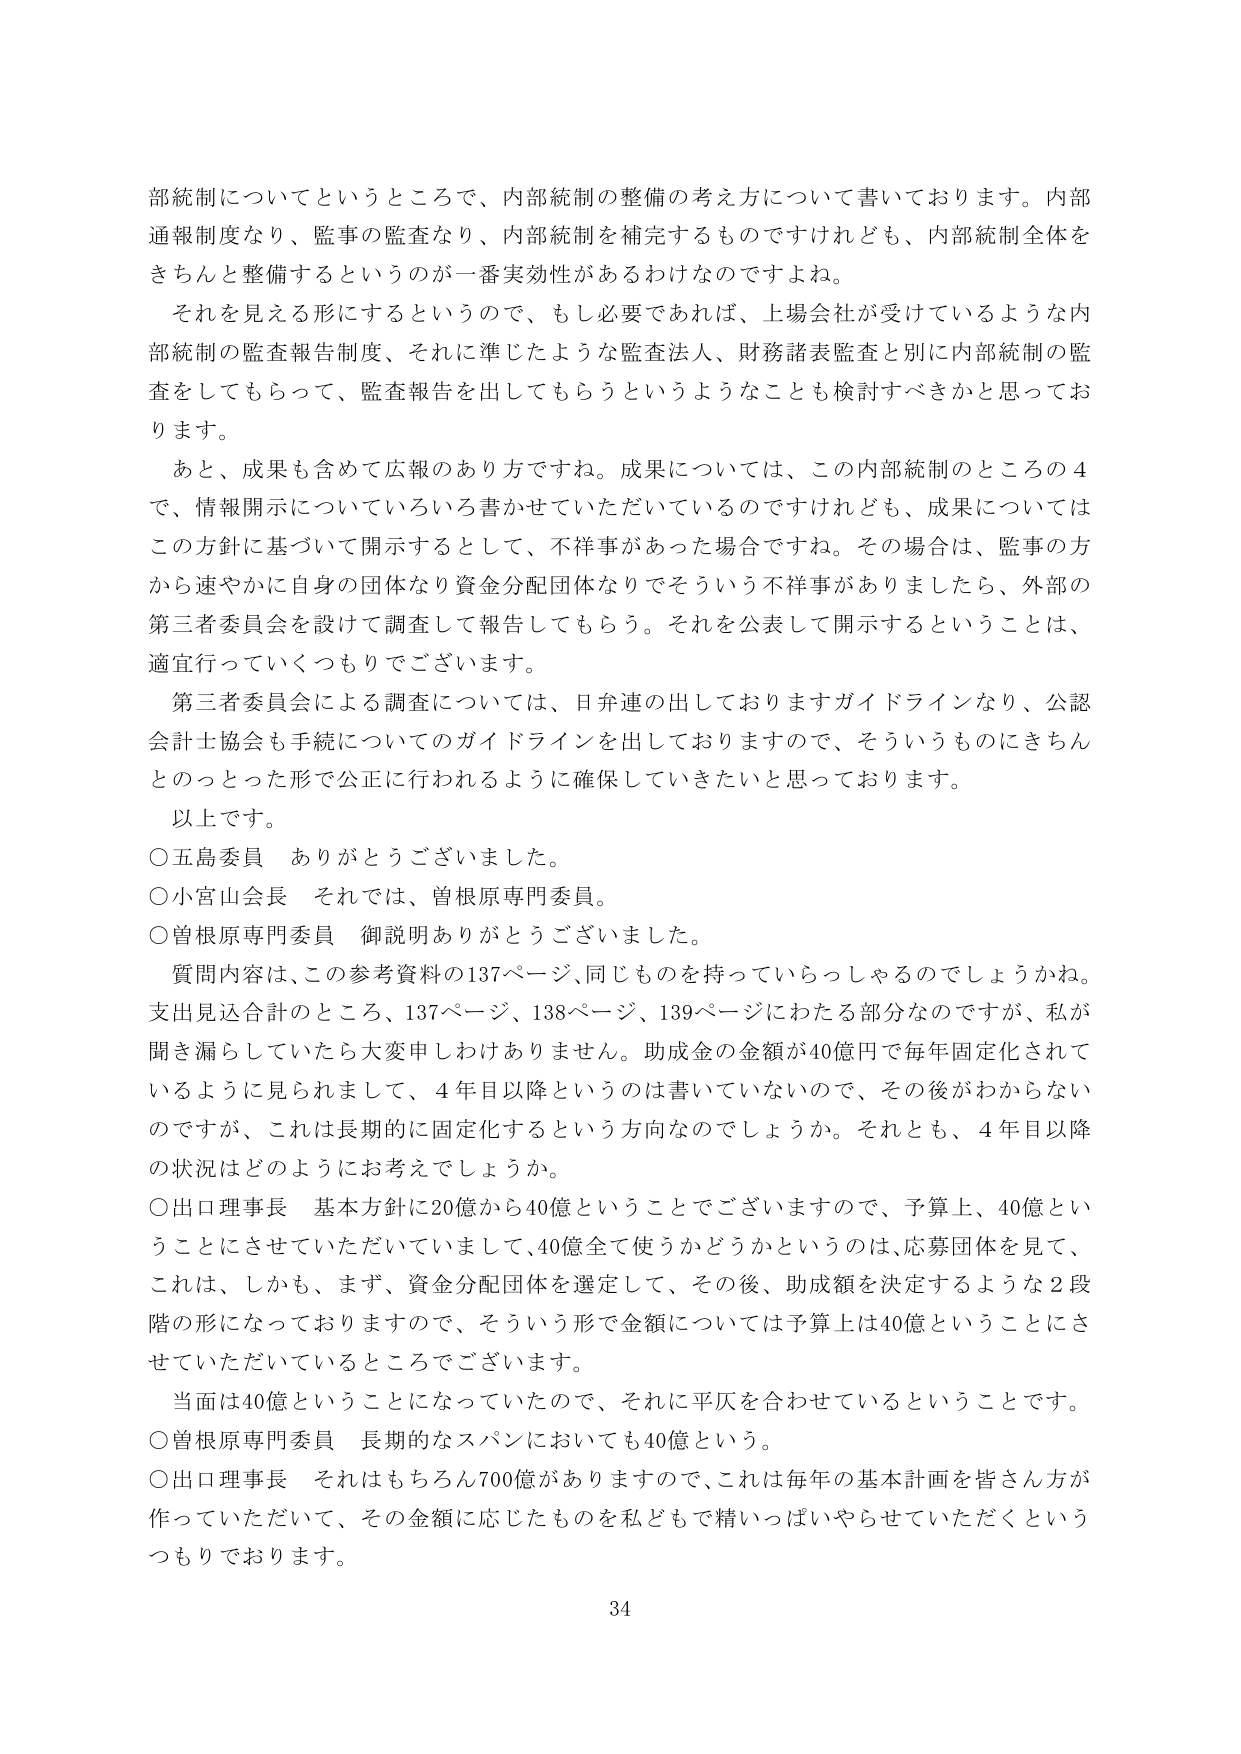
部統制についてというところで、内部統制の整備の考え方について書いております。内部通報制度なり、監事の監査なり、内部統制を補完するものですけれども、内部統制全体をきちんと整備するというのが一番実効性があるわけなのですよね。

それを見える形にするというので、もし必要であれば、上場会社が受けているような内部統制の監査報告制度、それに準じたような監査法人、財務諸表監査と別に内部統制の監査をしてもらって、監査報告を出してもらうというようなことも検討すべきかと思っております。

あと、成果も含めて広報のあり方ですね。成果については、この内部統制のところの4で、情報開示についていろいろ書かせていただいているのですけれども、成果についてはこの方針に基づいて開示するとして、不祥事があった場合ですね。その場合は、監事の方から速やかに自身の団体なり資金分配団体なりでそういう不祥事がありましたら、外部の第三者委員会を設けて調査して報告してもらう。それを公表して開示するということは、適宜行っていくつもりでございます。

第三者委員会による調査については、日弁連の出しておりますガイドラインなり、公認会計士協会も手続についてのガイドラインを出しておりますので、そういうものにきちんとのっとった形で公正に行われるように確保していきたいと思っております。

以上です。

○五島委員　ありがとうございました。

○小宮山会長　それでは、曽根原専門委員。

○曽根原専門委員　御説明ありがとうございました。

質問内容は、この参考資料の137ページ、同じものを持っていらっしゃるのでしょうかね。支出見込合計のところ、137ページ、138ページ、139ページにわたる部分なのですが、私が聞き漏らしていたら大変申しわけありません。助成金の金額が40億円で毎年固定化されているように見られまして、4年目以降というのは書いていないので、その後がわからないのですが、これは長期的に固定化するという方向なのでしょうか。それとも、4年目以降の状況はどのようにお考えでしょうか。

○出口理事長　基本方針に20億から40億ということでございますので、予算上、40億ということにさせていただいていまして、40億全て使うかどうかというのは、応募団体を見て、これは、しかも、まず、資金分配団体を選定して、その後、助成額を決定するような2段階の形になっておりますので、そういう形で金額については予算上は40億ということにさせていただいているところでございます。

当面は40億ということになっていたので、それに平仄を合わせているということです。

○曽根原専門委員　長期的なスパンにおいても40億という。

○出口理事長　それはもちろん700億がありますので、これは毎年の基本計画を皆さん方が作っていただいて、その金額に応じたものを私どもで精いっぱいやらせていただくというつもりでおります。

34